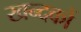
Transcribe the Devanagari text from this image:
खन्दकों